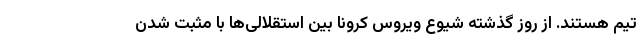
تیم هستند. از روز گذشته شیوع ویروس کرونا بین استقلالی‌ها با مثبت شدن